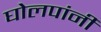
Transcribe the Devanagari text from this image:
घोलपांनी